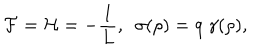
{ \cal F } = { \cal H } = - \frac { 1 } { L } , \, \, \, \sigma ( \rho ) = q ~ \gamma ( \rho ) ,